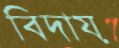
বিদায়